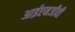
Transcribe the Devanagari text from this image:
आईएनजीवी